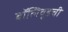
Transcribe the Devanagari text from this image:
बॉलिवूडची